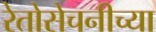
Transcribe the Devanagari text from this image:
रेतोसेचनीच्या